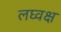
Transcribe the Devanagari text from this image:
लघ्वक्ष